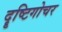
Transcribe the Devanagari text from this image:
दॄष्टिगोचर